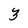
Character: 3